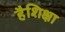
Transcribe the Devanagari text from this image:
हैशिक्षा